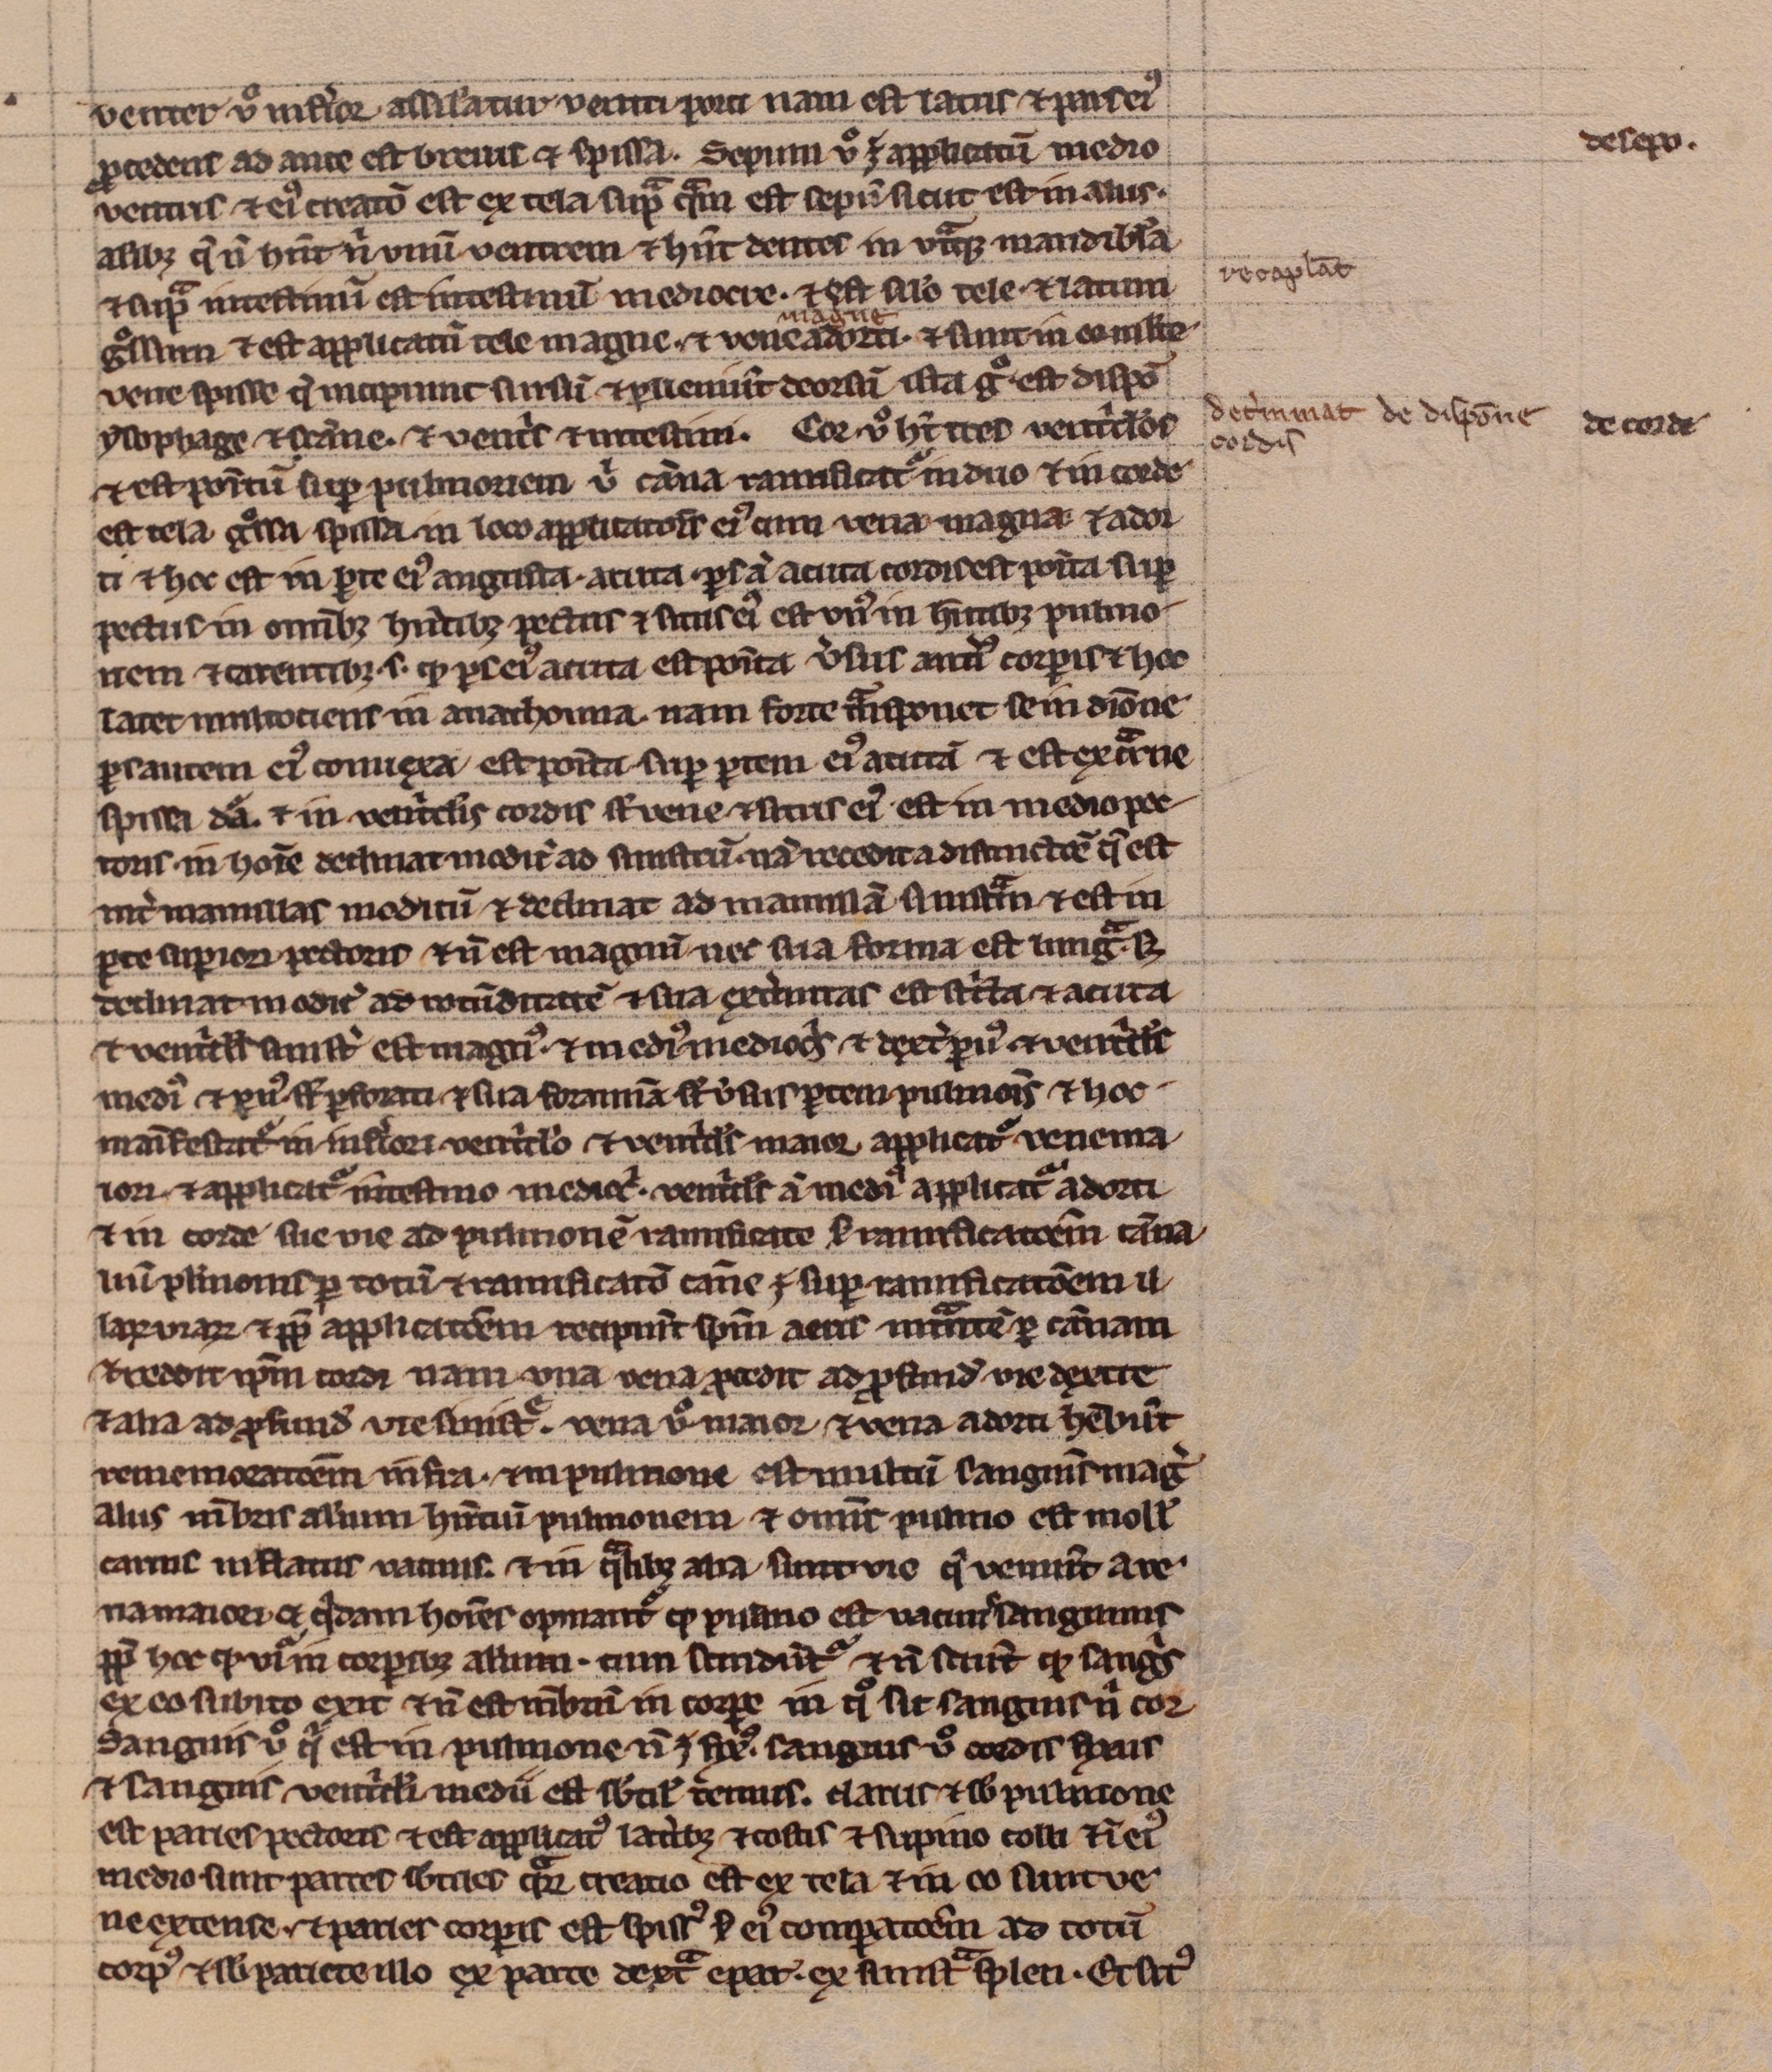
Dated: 1200–1299